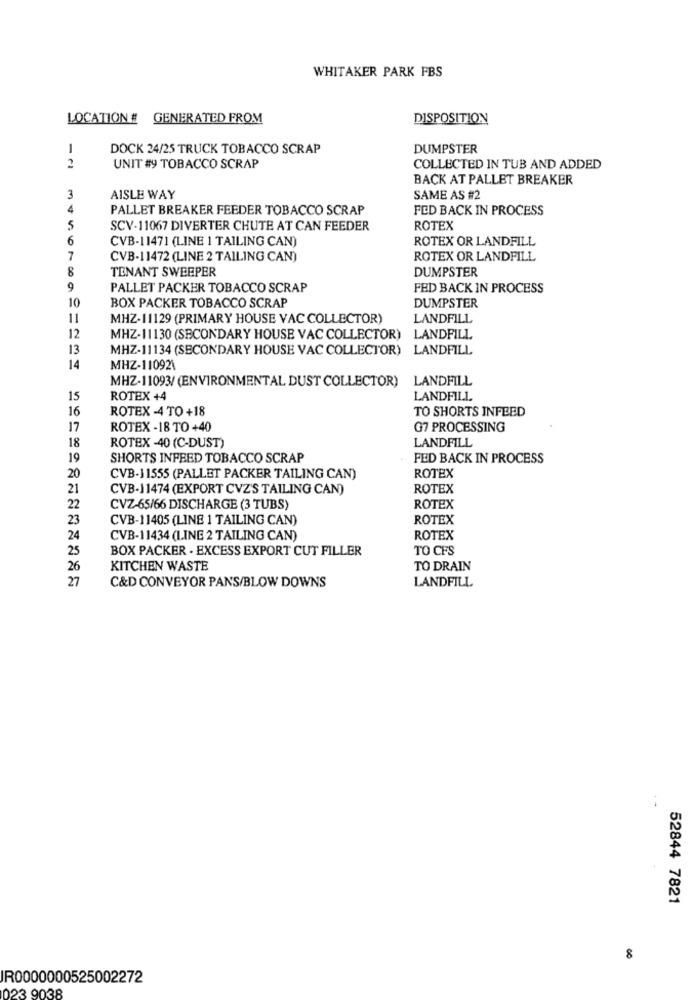
WHITAKER PARK FBS
LOCATION # GENERATED FROM
DISPOSITION
1
DOCK 24/25 TRUCK TOBACCO SCRAP
DUMPSTER
2
UNIT #9 TOBACCO SCRAP
COLLECTED IN TUB AND ADDED
BACK AT PALLET BREAKER
3
AISLE WAY
SAME AS #2
4
PALLET BREAKER FEEDER TOBACCO SCRAP
FED BACK IN PROCESS
5
SCV-11067 DIVERTER CHUTE AT CAN FEEDER
ROTEX
6
CVB-11471 (LINE 1 TAILING CAN)
ROTEX OR LANDFILL
7
CVB-11472 (LINE 2 TAILING CAN)
ROTEX OR LANDFILL
8
TENANT SWEEPER
DUMPSTER
9
PALLET PACKER TOBACCO SCRAP
FED BACK IN PROCESS
10
BOX PACKER TOBACCO SCRAP
DUMPSTER
11
MHZ-11129 (PRIMARY HOUSE VAC COLLECTOR)
LANDFILL
12
MHZ-11130 (SECONDARY HOUSE VAC COLLECTOR) LANDFILL
13
MHZ-11134 (SECONDARY HOUSE VAC COLLECTOR) LANDFILL
14
MHZ-11092\
MHZ-11093/ (ENVIRONMENTAL DUST COLLECTOR)
LANDFILL
15
ROTEX +4
LANDFILL
16
ROTEX -4 TO +18
TO SHORTS INFEED
17
ROTEX -18 TO +40
G7 PROCESSING
LANDFILL
18
ROTEX -40 (C-DUST)
19
SHORTS INFEED TOBACCO SCRAP
FED BACK IN PROCESS
20
CVB-11555 (PALLET PACKER TAILING CAN)
ROTEX
21
CVB-11474 (EXPORT CVZ'S TAILING CAN)
ROTEX
22
CVZ-65/66 DISCHARGE (3 TUBS)
ROTEX
23
CVB-11405 (LINE 1 TAILING CAN)
ROTEX
24
CVB-11434 (LINE 2 TAILING CAN)
ROTEX
25
BOX PACKER . EXCESS EXPORT CUT FILLER
TO CFS
26
KITCHEN WASTE
TO DRAIN
27
C&D CONVEYOR PANS/BLOW DOWNS
LANDFILL
--
52844 7821
8
IR0000000525002272
023 9038